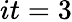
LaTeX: it=3